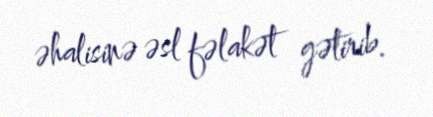
əhalisinə əsl fəlakət gətirib.